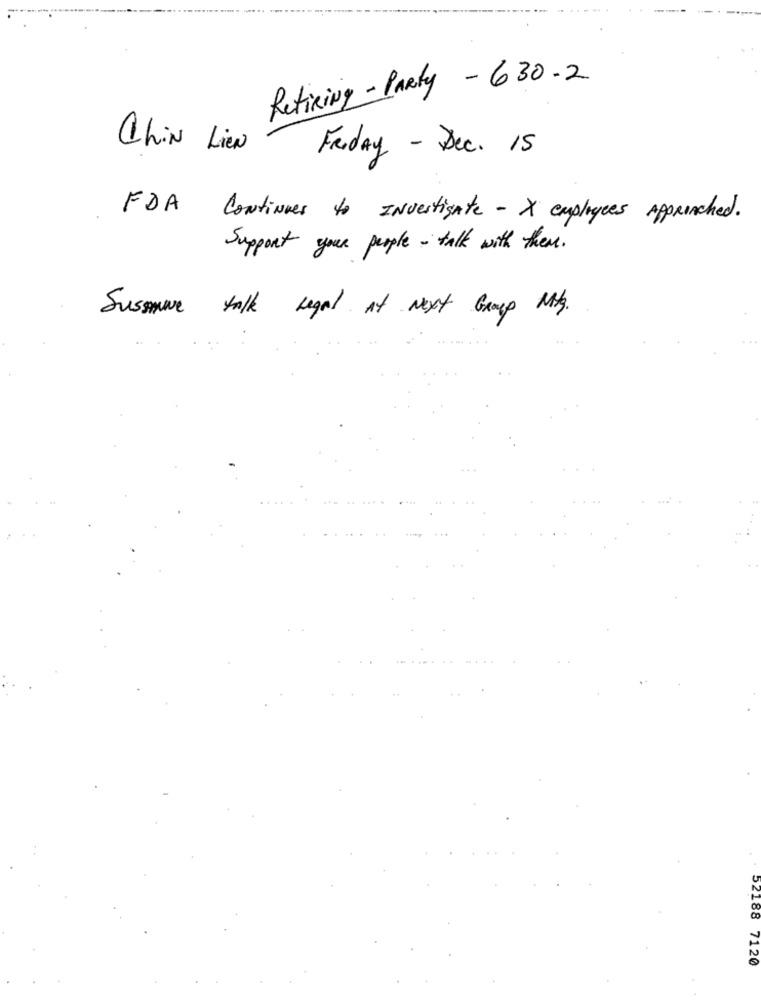
Retiring- PARty - 630-2
ChiN Lien
Friday - Dec. 15
FDA Continues to Investigate - X employees Approached.
Support your people - talk with them.
Sussmane talk legal at next Group NoKy.
52188 7120